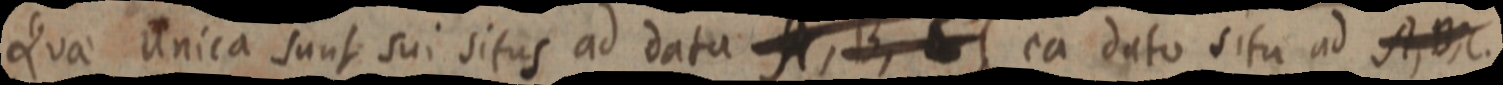
Quae unica sunt sui situs ad data A, B, C, ea dato situ ad A, B, C.